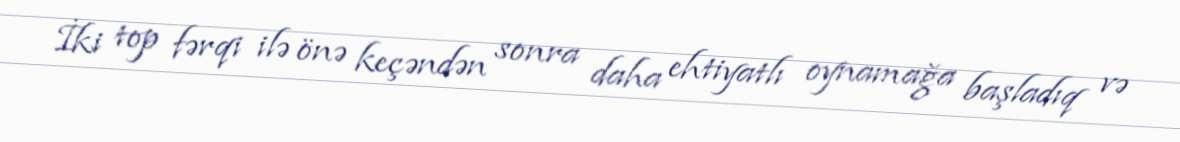
İki top fərqi ilə önə keçəndən sonra daha ehtiyatlı oynamağa başladıq və